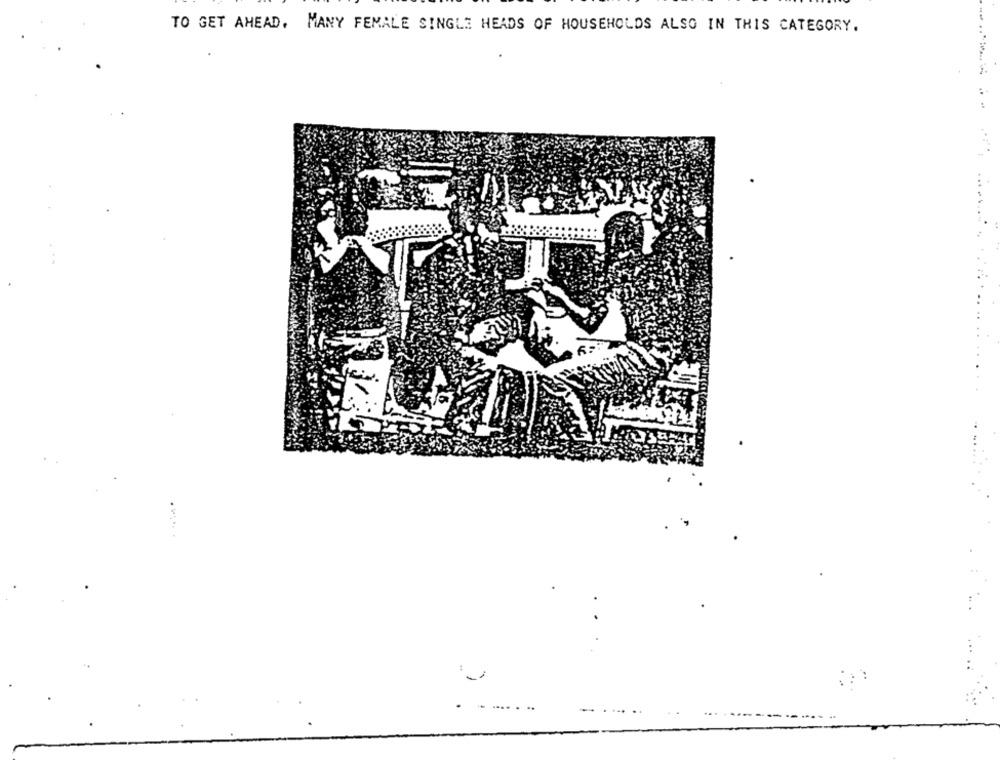
TO GET AHEAD. MANY FEMALE SINGLE HEADS OF HOUSEHOLDS ALSO IN THIS CATEGORY.
.. ...
. ....